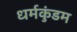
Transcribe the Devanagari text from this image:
धर्मकुंडम